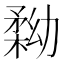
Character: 𠢢